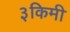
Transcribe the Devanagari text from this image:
३किमी